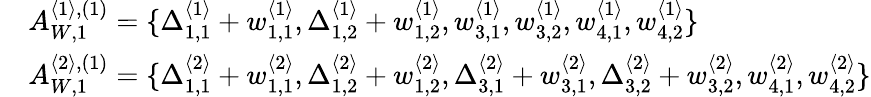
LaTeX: \begin{array}{rl}&{A_{W,1}^{\langle 1\rangle,(1)}=\{ \Delta_{1,1}^{\langle 1\rangle}+w_{1,1}^{\langle 1\rangle},\Delta_{1,2}^{\langle 1\rangle}+w_{1,2}^{\langle 1\rangle},w_{3,1}^{\langle 1\rangle},w_{3,2}^{\langle 1\rangle},w_{4,1}^{\langle 1\rangle},w_{4,2}^{\langle 1\rangle}\} }\\ &{A_{W,1}^{\langle 2\rangle,(1)}=\{ \Delta_{1,1}^{\langle 2\rangle}+w_{1,1}^{\langle 2\rangle},\Delta_{1,2}^{\langle 2\rangle}+w_{1,2}^{\langle 2\rangle},\Delta_{3,1}^{\langle 2\rangle}+w_{3,1}^{\langle 2\rangle},\Delta_{3,2}^{\langle 2\rangle}+w_{3,2}^{\langle 2\rangle},w_{4,1}^{\langle 2\rangle},w_{4,2}^{\langle 2\rangle}\} }\end{array}